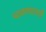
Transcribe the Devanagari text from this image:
पाळण्यातलें